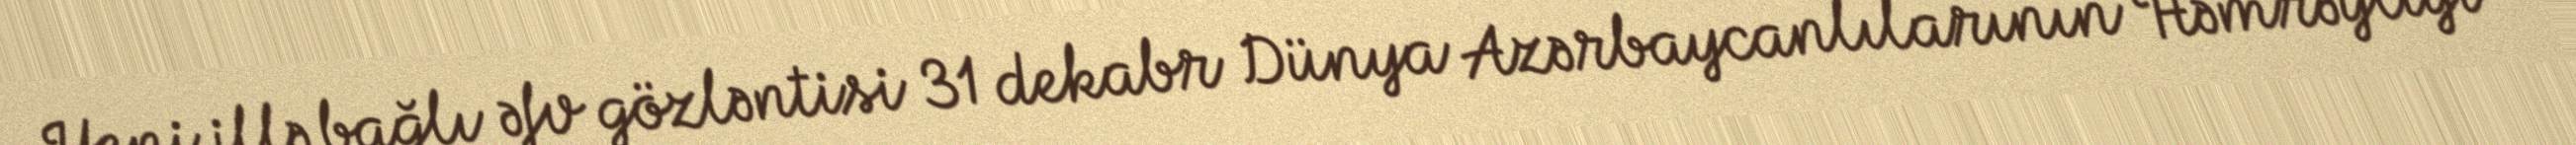
Yeni illə bağlı əfv gözləntisi 31 dekabr Dünya Azərbaycanlılarının Həmrəyliyi